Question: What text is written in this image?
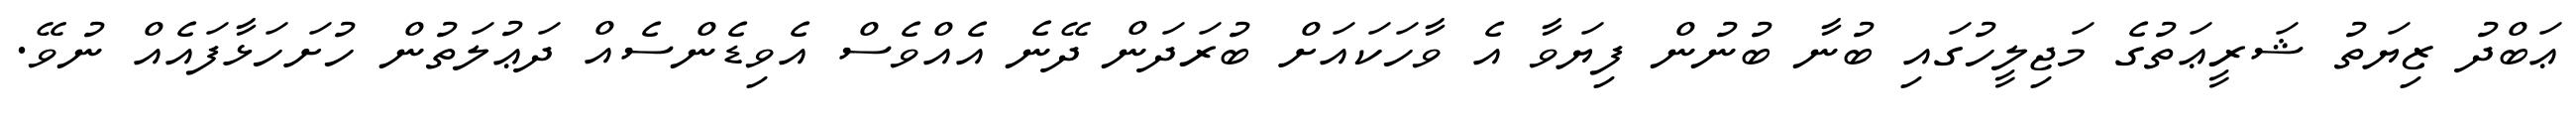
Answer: ޢަބްދު ޒިޔަތު ޝަރީޢަތުގެ މަޖިލީހުގައި ބުނާ ބުނުން ފިޔަވާ އެ ވާހަކައަށް ބުރަދަން ދޭނެ އެއްވެސް އެވިޑެންސެއް ދަޢުލަތުން ހުށަހަޅާފައެއް ނުވޭ.